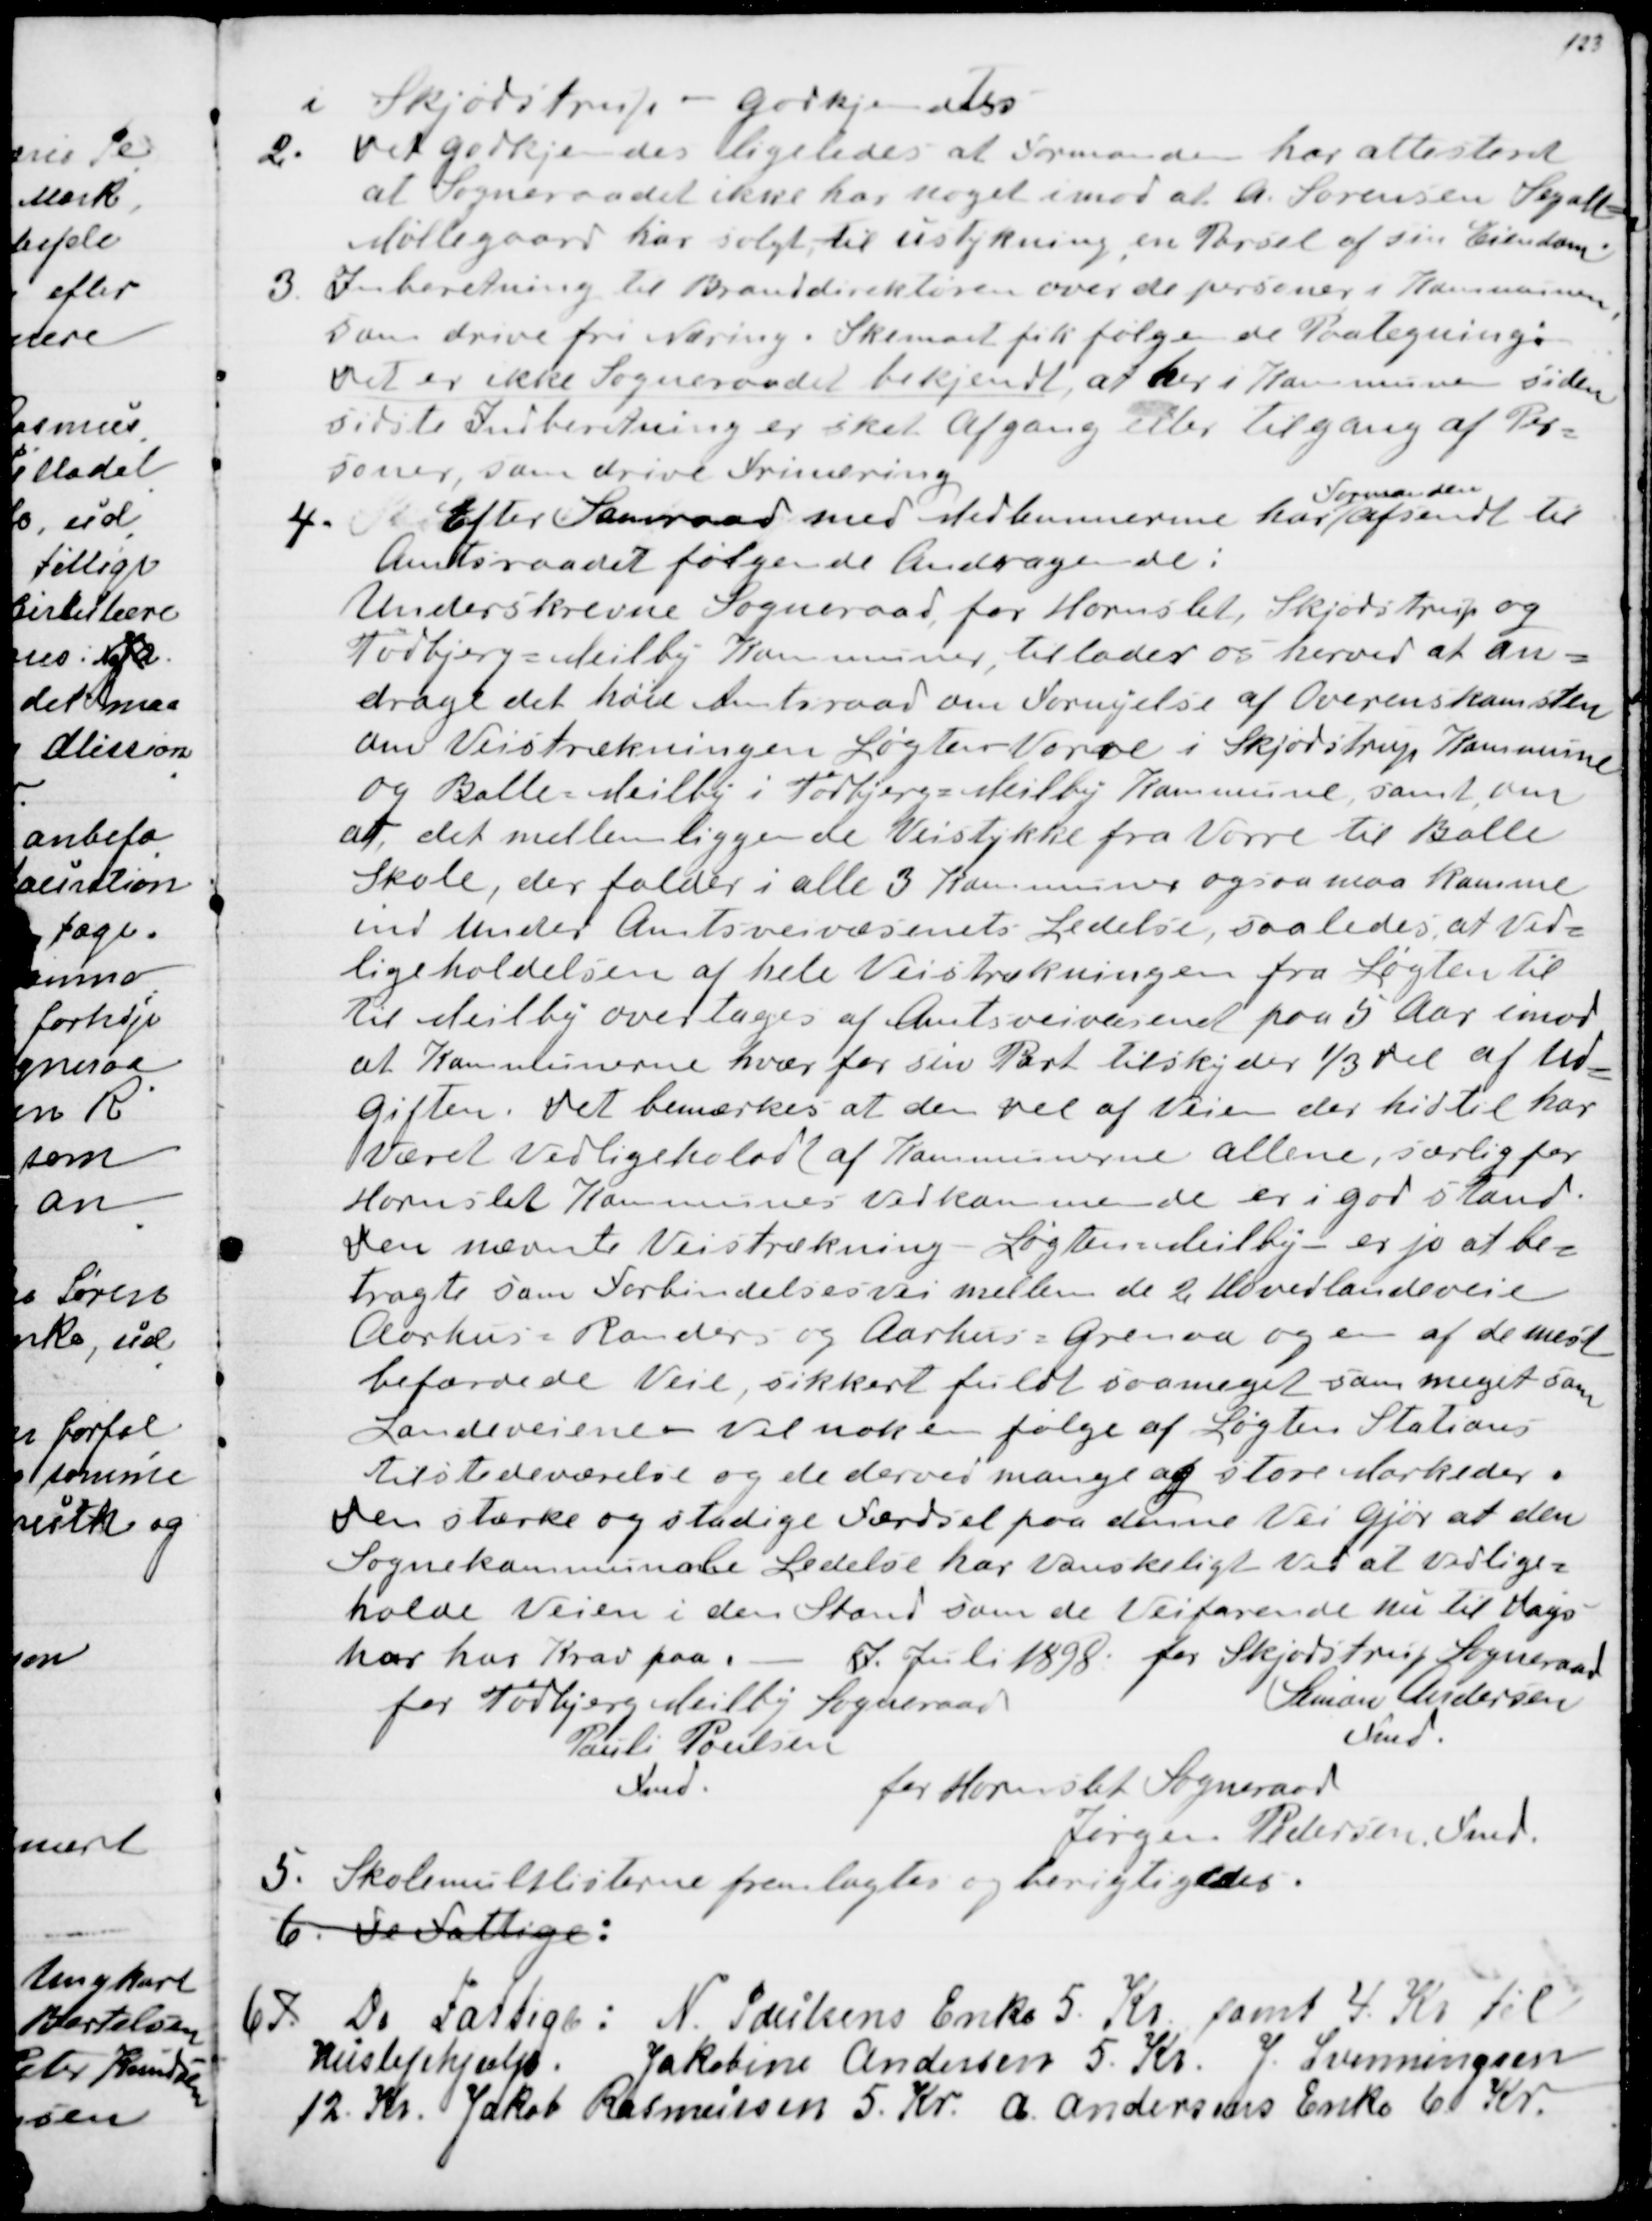
Transskription:
i Skjødstrup - godkjendtes
2. Det godkjendes ligeledes at Formanden har attesteret
at Sogneraadet ikke har noget imod at  A. Sørensen Segalt
Møllegaard har solgt til ustykning, en Parsel af sin Eiendom.
3. Inberetning til Branddirektøren over de personer i Kommunen,
som drive fri Næring. Skemaet fik følgende Paategning: 
Det er ikke Sogneraadet bekjendt, at her i Kommunen siden
sidste Indberetning er sket Afgang eller Tilgang af Per-
soner, som drive Frinæring
4.Efter Samraad med Medlemmerne har 
Formanden
afsendt til
Amtsraadet følgende Andragende:
Underskrevne Sogneraad for Hornslet, Skjødstrup og
Todbjerg = Mejlby Kommuner, tillader os herved at an=
drage det høje Amtsraad om Fornyelse af Overenskomsten
om Veistrækningen Løgten - Vorre i Skjødstrup Kommune
og Balle = Meilby i Todbjerg = Meilby Kommune, samt om
at, det mellemliggende Veistykke fra Vorre til Balle
Skole, der falder i alle 3 Kommuner ogsaa maa komme
ind under Amtsveivæsenets Ledelse, saaledes at Ved=
ligeholdelsen af hele Veistrækningen fra Løgten til
til Meilby overtages af Amtsveivæsenet paa 5 Aar imod
at Kommunerne hvær for sin Part tilskyder ⅓ del af Ud
=
giften. Det bemærkes at den del af Veien, der hidtil har
Været Vedligeholdt af Kommunerne allene, særlig for
Hornslet Kommunes Vedkommende er i god stand.
Den nævnte Veistrækning Løgten = Meilby - er jo at be=
tragte som Forbindelsesvei mellem de 2 Hovedlandeveie
Aarhus = Randers og Aarhus = Grenaa og en af de mest
befærdede Veie, sikkert fuldt saameget som meget som
Landeveiene - Vel nok en følge af Løgten Stations
tilstedeværelse og de derved mange og store Markeder.
Den stærke og stadige Færdsel paa denne Vei gjør at den
Sognekommunale Ledelse har vanskeligt ved at vedli=
holde Veien i den Stand som de Veifarende nu til dags
har har Krav paa.
D. Juli 1898
for Todbjerg Meilby Sogneraad
Pauli Poulsen
Fmd.
for Skjødstrup Sogneraad
Simon Andersen
Fmd.
for Hornslet Sogneraad
Jørgen Pedersen. Fmd.
5. Skolemultlisterne fremlagedes og berigtigedes.
6.  De Fattige:
6 7. De Fattige: N. Poulsens Enke 5. Kr samt 4. Kr til
Huslejehjælp. Jakobine Andersen 5. Kr. J. Svenningsen
12. Kr. Jakob Rasmussen 5. Kr. A. Andersens Enke 6. Kr.